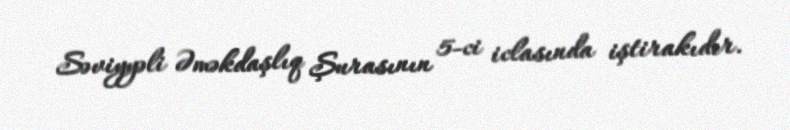
Səviyyəli Əməkdaşlıq Şurasının 5-ci iclasında iştirakıdır.